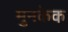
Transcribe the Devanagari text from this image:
मुनकेक